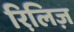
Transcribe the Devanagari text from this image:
रिलि़ज़